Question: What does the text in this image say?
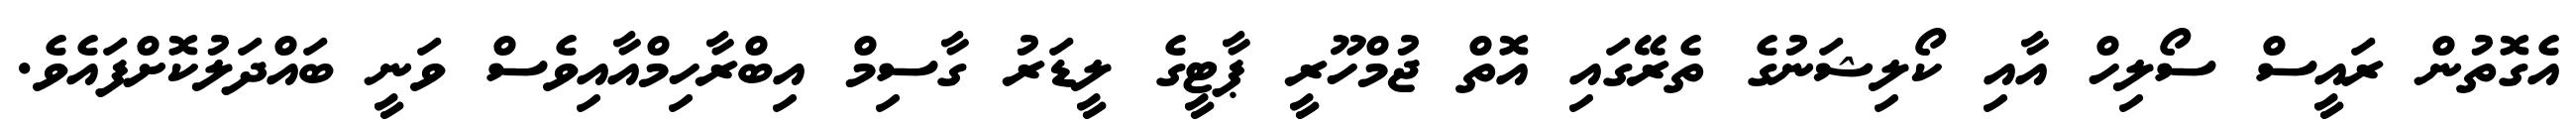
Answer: އެގޮތުން ރައީސް ސޯލިހް އާއި ކޯލިޝަނުގެ ތެރޭގައި އޮތް ޖުމްހޫރީ ޕާޓީގެ ލީޑަރު ގާސިމް އިބްރާހިމްއާއިވެސް ވަނީ ބައްދަލުކޮށްފައެވެ.